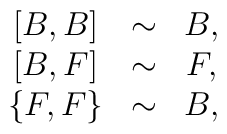
\begin{array}{ccc}\left[ B,B\right] & \sim & B, \\ \left[ B,F\right] & \sim & F, \\ \left\{ F,F\right\} & \sim & B,\end{array}